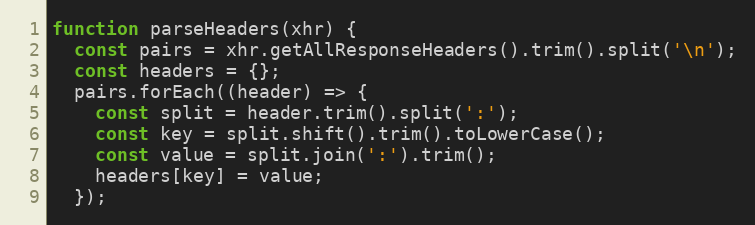
Language: JavaScript
function parseHeaders(xhr) {
  const pairs = xhr.getAllResponseHeaders().trim().split('\n');
  const headers = {};
  pairs.forEach((header) => {
    const split = header.trim().split(':');
    const key = split.shift().trim().toLowerCase();
    const value = split.join(':').trim();
    headers[key] = value;
  });